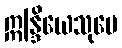
ဣန္ဒြိယေသုပေ